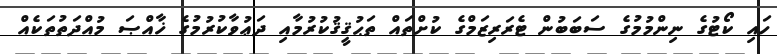
ހައި ކޯޓުގެ ނިންމުމުގެ ސަބަބުން ޓެރަރިޒަމްގެ ކުށްތައް ތަޙުޤީޤުކުރުމާއި ދަޢުވާކުރުމުގެ ޚާއްޞަ މުއްދަތުތަކެއް